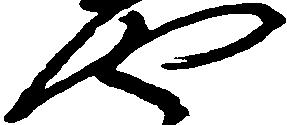
や